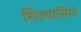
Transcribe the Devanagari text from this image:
शिल्पांसिंगो